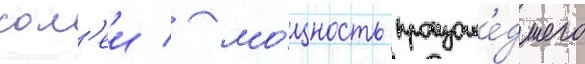
сол'еи / мо́щность произоше́дшего